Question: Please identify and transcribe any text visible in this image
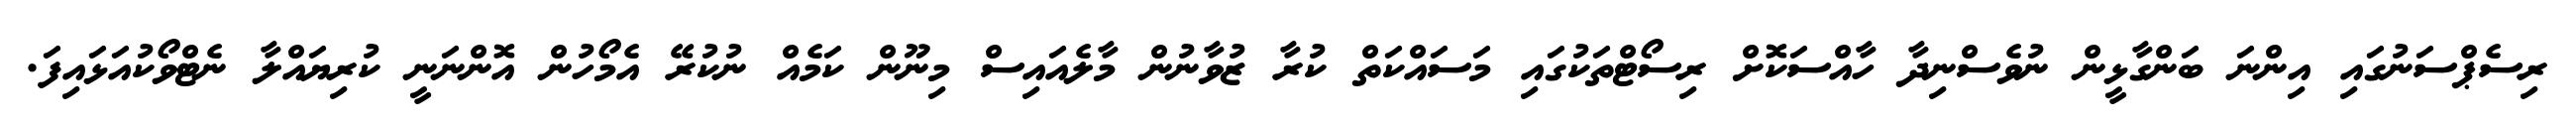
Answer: ރިސެޕްސަނުގައި އިންނަ ބަންގާޅީން ނުވެސްނިދާ ހާއްސަކޮށް ރިސޯޓްތަކުގައި މަސައްކަތް ކުރާ ޒުވާނުން މާލެއައިސް މިނޫން ކަމެއް ނުކުރޭ އެމޯހުން އޮންނަނީ ކުރިޔައްލާ ނެޓްވޯކުއަޅައިފަ.